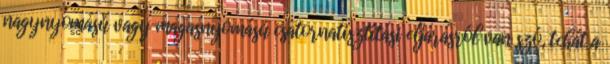
nagynyomású vagy magasnyomású csatornatisztítási eljárásról van szó, tehát a